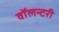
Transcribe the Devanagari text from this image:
वॉलन्टरी